NAE_kihelkonnakohtute_kirjad_ja_protokollid_1869-1889, lk 5
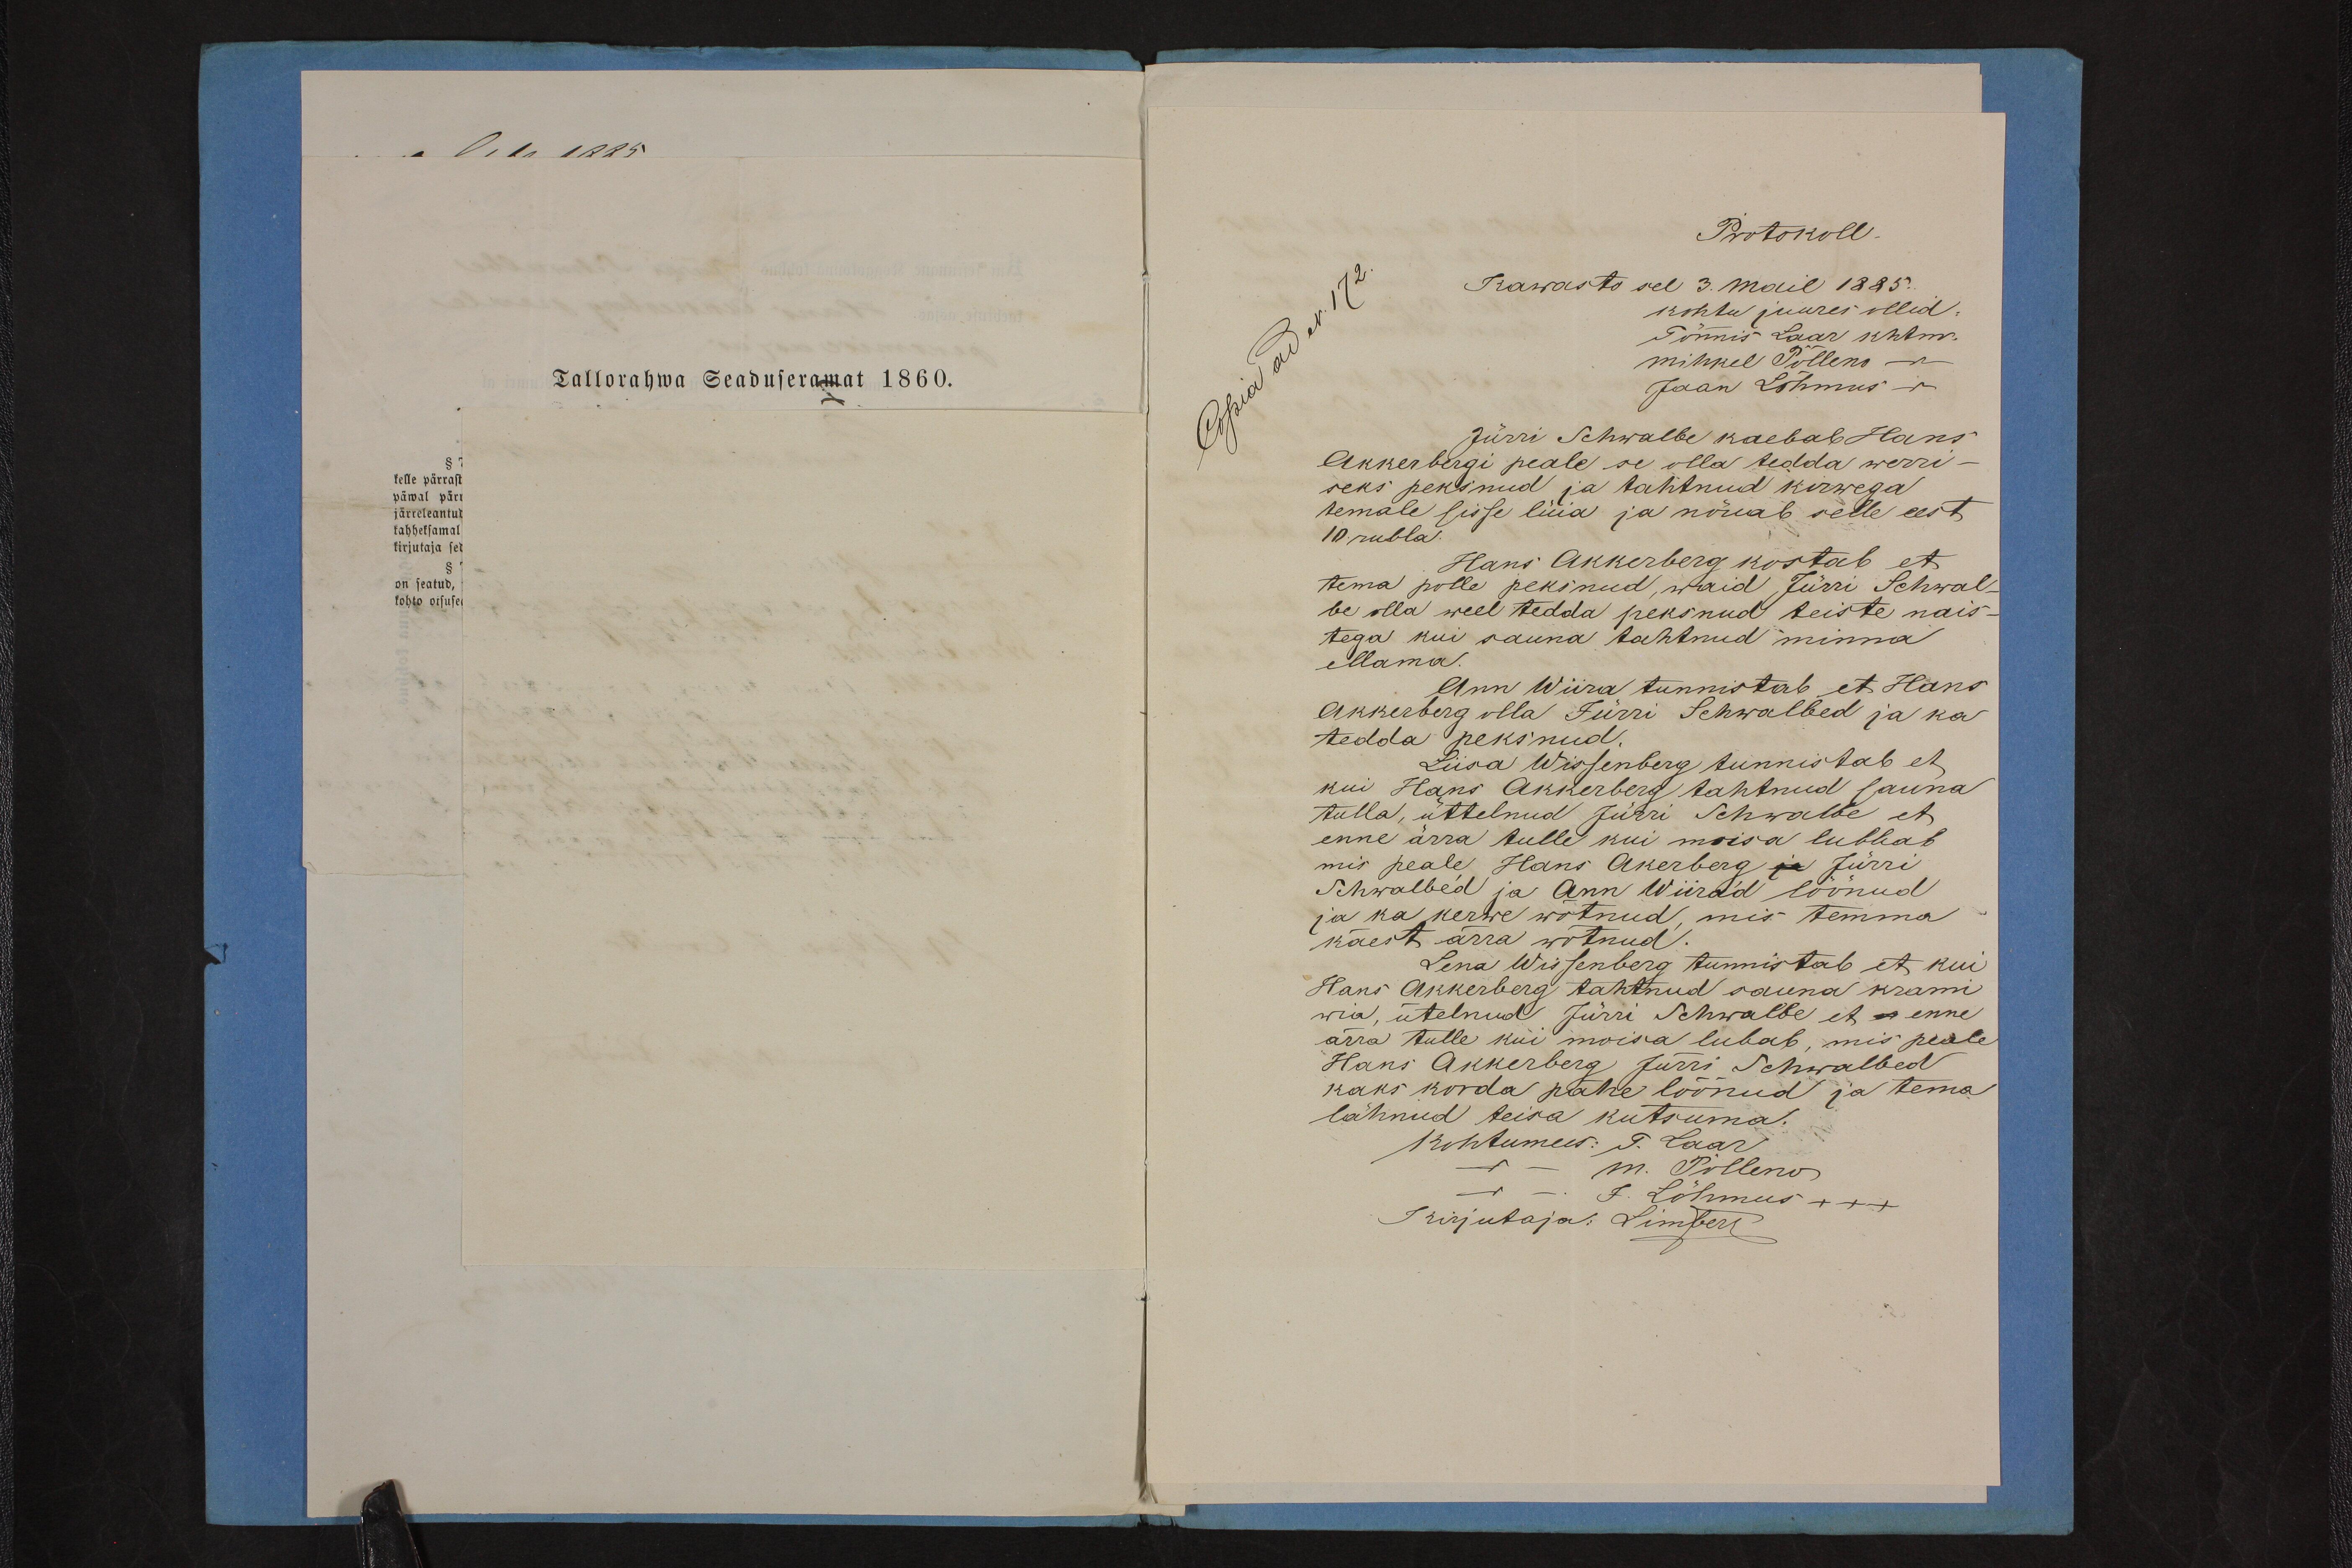
Tallorahwa Seaduseramat 1860.

Protokoll.
Kawasto sel 3. mail 1885.
kohtu juures ollid.
Tõnnis Laar khtm.
Mihkel Polleno -
Jaan Lõhmus -
Jürri Schwalbe kaebab Hans
Akkerbergi peale se olla tedda werri-
seks peksnud ja tahtnud kirwega
temale sisse lüüa ja nõuab selle eest
10 rubla.
Hans Akkerberg kostab et
tema polle peksnud, waid Jürri Schwal-
be olla weel tedda peksnud teiste nais-
tega kui sauna tahtnud minna
ellama.
Ann Wiira tunnistab et Hans
Akkerberg olla Jürri Schwalbed ja ka
tedda peksnud.
Liisa Wissenberg tunnistab et
kui Hans Akkerberg tahtnud sauna
tulla, üttelnud Jürri Schwalbe et
enne ärra tulle kui moisa lubbab
mis peale, Hans Akerberg ja Jürri
Schwalbed ja Ann Wiirad löönud
ja ka kerwe wõtnud mis temma
käest ärra wõtnud.
Lena Wissenberg tunnistab et kui
Hans Akkerberg tahtnud sauna krami
wia, ütelnud Jürri Schwalbe et a enne
ärra tulle kui mõisa lubab, mis peale
Hans Akkerberg Jurri Schwalbed
kaks korda pähe löönud ja tema
lähnud teisa kutsuma.